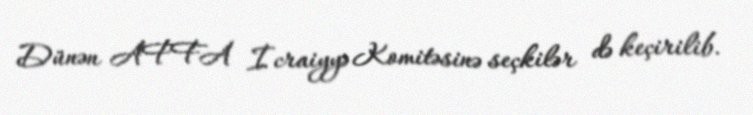
Dünən AFFA İcraiyyə Komitəsinə seçkilər də keçirilib.